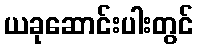
ယခုဆောင်းပါးတွင်